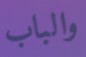
والباب